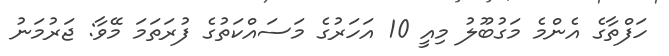
ހަފްތާގެ އެންމެ މަގުބޫލު މިއީ 10 އަހަރުގެ މަސައްކަތުގެ ފުރަަތަމަ މޭވާ: ޖަރުމަނު